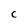
Character: C